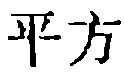
平方